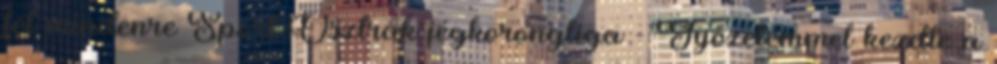
fel mindenre Sport Osztrák jégkorongliga - Győzelemmel kezdte a